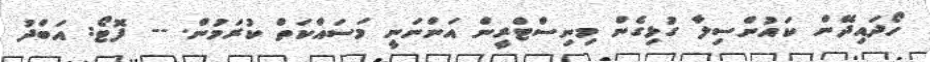
ހޯދައިދޭން ކައުންސިލާ ގުޅިގެން މިނިސްޓްރީން އަންނަނީ މަސައްކަތް ކުރަމުން. -- ފޮޓޯ: އަބްދު